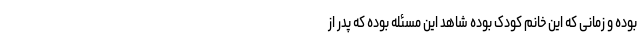
بوده و زمانی که این خانم کودک بوده شاهد این مسئله بوده که پدر از